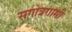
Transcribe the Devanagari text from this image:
सगोत्रगामी